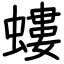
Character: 螻